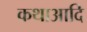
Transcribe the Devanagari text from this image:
कथाआदि